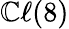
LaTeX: \mathbb{C}\ell(8)